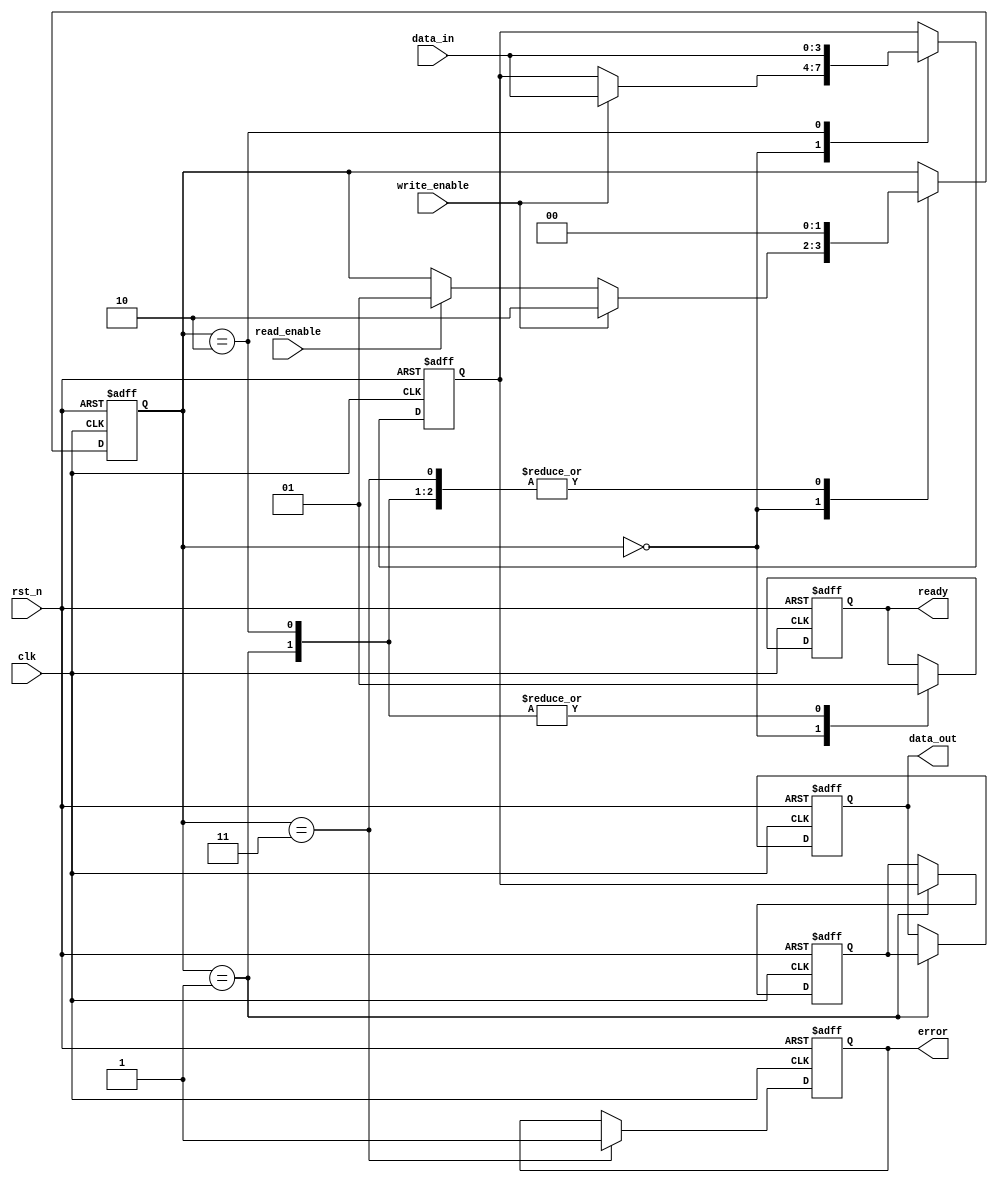
module MLC_NAND_IO_Block (
    input wire clk,                  // Clock signal
    input wire rst_n,                // Active low reset
    input wire [3:0] data_in,        // Data input (4 bits for 2 bits per cell)
    input wire read_enable,           // Read enable signal
    input wire write_enable,          // Write enable signal
    output reg [3:0] data_out,        // Data output
    output reg ready,                 // Ready signal for data transfer
    output reg error                  // Error signal
);

    // Data Latches
    reg [3:0] data_latch;

    // Sense Amplifiers
    reg [3:0] sense_amp;

    // Control Logic
    reg [1:0] state;                  // State for control logic
    localparam IDLE = 2'b00,
               READ = 2'b01,
               WRITE = 2'b10,
               ERROR = 2'b11;

    // Error Correction Code (ECC) Logic (simplified)
    function [3:0] ecc_correct(input [3:0] data);
        // Placeholder for ECC correction logic
        ecc_correct = data; // No correction for simplicity
    endfunction

    // Voltage Level Shifter (simplified)
    function [3:0] voltage_level_shift(input [3:0] data);
        // Placeholder for voltage level shifting logic
        voltage_level_shift = data; // No shifting for simplicity
    endfunction

    // Main I/O Block Logic
    always @(posedge clk or negedge rst_n) begin
        if (!rst_n) begin
            data_latch <= 4'b0000;
            sense_amp <= 4'b0000;
            data_out <= 4'b0000;
            ready <= 1'b0;
            error <= 1'b0;
            state <= IDLE;
        end else begin
            case (state)
                IDLE: begin
                    ready <= 1'b0;
                    if (write_enable) begin
                        data_latch <= voltage_level_shift(data_in);
                        state <= WRITE;
                    end else if (read_enable) begin
                        state <= READ;
                    end
                end

                READ: begin
                    sense_amp <= data_latch; // Simulate sense amplifier operation
                    data_out <= ecc_correct(sense_amp);
                    ready <= 1'b1;
                    state <= IDLE;
                end

                WRITE: begin
                    // Simulate write operation (could include error checking)
                    data_latch <= data_in; // Store data in latch
                    ready <= 1'b1;
                    state <= IDLE;
                end

                ERROR: begin
                    error <= 1'b1; // Set error flag
                    state <= IDLE;
                end

                default: state <= IDLE;
            endcase
        end
    end

endmodule